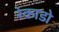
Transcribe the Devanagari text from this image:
रेकाडो